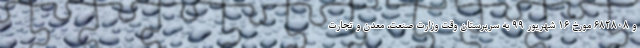
و ۶۸۲۸۰۸ مورخ ۱۶ شهریور ۹۹ به سرپرستان وقت وزارت صنعت، معدن و تجارت